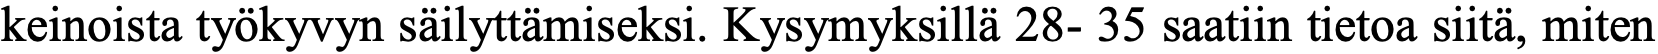
keinoista työkyvyn säilyttämiseksi. Kysymyksillä 28- 35 saatiin tietoa siitä, miten